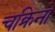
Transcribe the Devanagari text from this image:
चक्रिनो